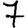
Digit: 7